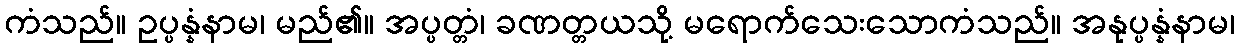
ကံသည်။ ဥပ္ပန္နံနာမ၊ မည်၏။ အပ္ပတ္တံ၊ ခဏတ္တယသို့ မရောက်သေးသောကံသည်။ အနုပ္ပန္နံနာမ၊